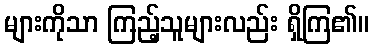
များကိုသာ ကြည့်သူများလည်း ရှိကြ၏။